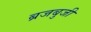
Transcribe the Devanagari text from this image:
ब्रजबुजी